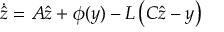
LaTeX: { \dot { \hat { z } } } = A { \hat { z } } + \phi ( y ) - L \left( C { \hat { z } } - y \right)